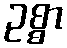
ဥစ္စာ